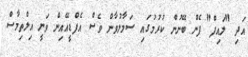
އަދި "ލައިފް" ފެން ބޭނުން ކުރުމުގައި ސަމާލުވާން ވެސް އެފްޑީއޭއިން ވަނީ އިލްތިމާސް